Account of plague administration in the Bombay Presidency from September 1896 till May 1897
Year: 1896
Disease focus: Plague
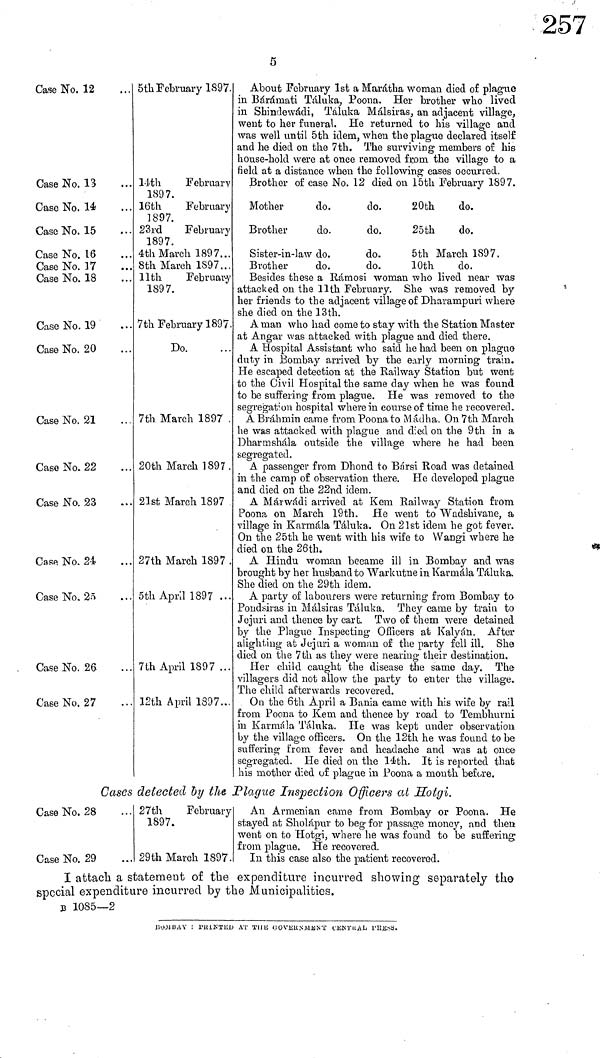
5
Case No. 12
Case No. 13
Case No. 14
Case No. 15
Case No. 16
Case No. 17
Case No. 18
Case No. 19
Case No. 20
Case No. 21
Case No. 22
Case No. 23
Case No. 24
Case No. 25.
Case No. 26
Case No. 27
... 5th February 1897.
14th
February
1897.
16th
February
1897.
23rd
February
1897.
4th March 1897...
8th March 1S97...
llth
February
1897.
7th February 1897.
Do.
7th March 1897 .
20th March 189 7.
21st March 1897
27th March 1897 .
5th April 1897 ...
7th April 1897 ...
12th April 1397...
About February 1st a Marátha woman died of plague
in Bárámati Táluka, Poona. Her brother who lived
in Shindewádi, Taluka Málsiras, an adjacent village,
went to her funeral. He returned to his village and
was well until 5th idem, when the plague declared itself
and he died on the 7th. The surviving members of his
house-hold were at once removed from the village to a
field at a distance when the following cases occurred.
Brother of case No. 12 died on 15th February 1897.
Mother
do.
do.
20th
do.
Brother
do.
do.
25th
do.
Sister-in-law do.
do.
5th March 1897.
Brother
do.
do.
10th
do.
Besides these a Rámosi woman who lived near was
attacked on the llth February- She was removed by
her friends to the adjacent village of Dharampuri where
she died on the 13th.
A man who had come to stay with the Station Master
at Angar was attacked with plague and died there.
A Hospital Assistant who said he had been on plague
duty in Bombay arrived by the early morning train.
He escaped detection at the Railway Station but went
to the Civil Hospital the same day when he was found
to be suffering from plague. He was removed to the
segregation hospital wherein course of time he recovered.
A Brahmin came from Poona to Mádha. On 7th March
he was attacked with plague and died on the 9th in a
Dharmshála outside the village where he had been
segregated.
A passenger from Dhond to Bársi Road was detained
in the camp of observation there. He developed plague
and died on the 22nd idem.
A Márwádi arrived at K cm Railway Station from
Poona on March 19th. He went to Wadshivane, a
village in Karmála Taluka. On 2 1st idem he got fever.
On the 25th he went with his wife to Wangi where he
died on the 26th.
A Hindu woman became ill in Bombay and was
brought by her husband to Warkutne in Karmála Taluka.
She died on the 29th idem.
A party of labourers were returning from Bombay to
Pondsiras in Málsiras Taluka. They came by train to
Jejuri and thence by carts. Two of them were detained
by the Plague Inspecting Officers at Kalyán. After
alighting at Jejuri a woman of the party fell ill. She
died on the 7th as they were nearing their destination.
Her child caught the disease the same day. The
villagers did not allow the party to enter the village.
The child afterwards recovered.
On the 6th April a Bania came with his wife by rail
from Poona to Kem and thence by road to Tembhurni
in Karmála Taluka. He was kept under observation
by the village officers. On the 12th he was found to be
suffering from fever and headache and was at once
segregated. He died on the 14th. It is reported that
his mother died of plague in Poona a month before.
Cases detected by the Plague Inspection Officers at Hotgi.
Case No. 28
Case No. 29
...
...
27th
February
1897.
29th March 1897.
An Armenian came from Bombay or Poona. He
stayed at Sholápur to beg for passage money, and then
went on to Hotgi, where he was found to be suffering;
from plague. He recovered.
In this case also the patient recovered.
I attach a statement of the expenditure incurred showing separately the
special expenditure incurred by the Municipalities.
B
10S5—2